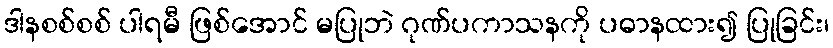
ဒါနစစ်စစ် ပါရမီ ဖြစ်အောင် မပြုဘဲ ဂုဏ်ပကာသနကို ပဓာနထား၍ ပြုခြင်း၊